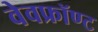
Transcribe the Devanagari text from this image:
वेवफ्रॉण्ट